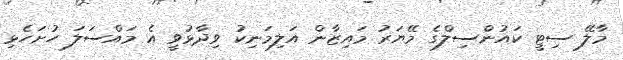
މާލޭ ސިޓީ ކައުންސިލްގެ މޭޔަރު މައިޒާން އަލިމަނިކު ވިދާޅުވީ އެ މައްސަލަ ހުށަހެޅި